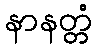
နာနတ္တံ